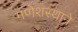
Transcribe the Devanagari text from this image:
गणेशस्थाने